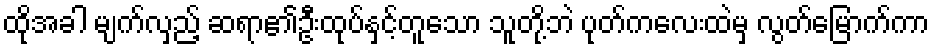
ထိုအခါ မျက်လှည့် ဆရာ၏ဦးထုပ်နှင့်တူသော သူတို့ဘဲ ပုတ်ကလေးထဲမှ လွတ်မြောက်ကာ